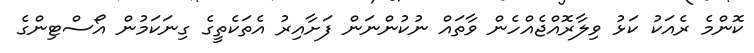
ކޮންމެ ރެއަކު ކަޅު ވިލާރޮއްޖެއްހެން ވާތައް ނުކުންނަން ފަށާއިރު އެތަކެތީގެ ގިނަކަމުން އޯސްޓިންގެ